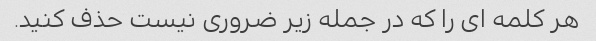
هر کلمه ای را که در جمله زیر ضروری نیست حذف کنید.